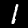
Label: 1